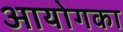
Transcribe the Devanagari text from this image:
आयोगका